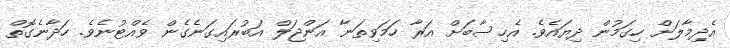
އެދިމާލަށް ހިގަމުން ދިޔައެވެ. އެހިސާބަށް އަރާ ހަމަވިތަނާ އަންޖަލް އަބުރައިގަނެގެން ވެއްޓުނެވެ. ހަދާނެގޮތް